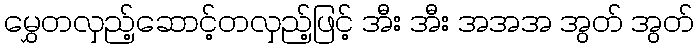
မွှေတလှည့်ဆောင့်တလှည့်ဖြင့် အီး အီး အအအ အွတ် အွတ်